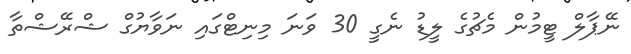
ނޭޕާލް ޓީމުން މެޗުގެ ލީޑު ނެގީ 30 ވަނަ މިނިޓްގައި ނަވާޔުގް ޝްރޭޝްތާ